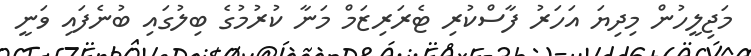
މަޖިލީހުން މިދިޔަ އަހަރު ފާސްކުރި ޓެރަރިޒަމް މަނާ ކުރުމުގެ ބިލުގައި ބުނެފައި ވަނީ